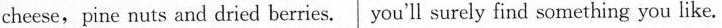
cheese,pine nuts and dried berries. you'll surely find something you like.